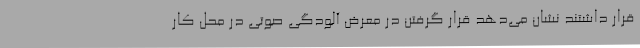
قرار داشتند نشان می‌دهد قرار گرفتن در معرض آلودگی صوتی در محل کار